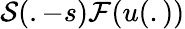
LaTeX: \mathcal{S}(.-s)\mathcal{F}(u(.))